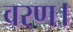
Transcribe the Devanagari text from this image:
वरण।